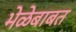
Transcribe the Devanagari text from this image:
भेळेबाबत